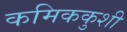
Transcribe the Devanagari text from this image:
कमिककुशी